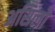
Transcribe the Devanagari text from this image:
असिलो